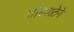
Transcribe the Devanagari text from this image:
चोरवाटेने